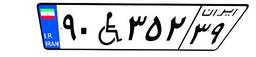
۹۰W۳۵۲۳۹